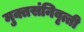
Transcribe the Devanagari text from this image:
मुक्तसंनिवृत्ती